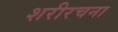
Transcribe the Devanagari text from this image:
शरीरचना